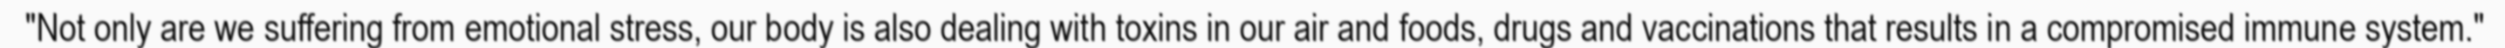
"Not only are we suffering from emotional stress, our body is also dealing with toxins in our air and foods, drugs and vaccinations that results in a compromised immune system."